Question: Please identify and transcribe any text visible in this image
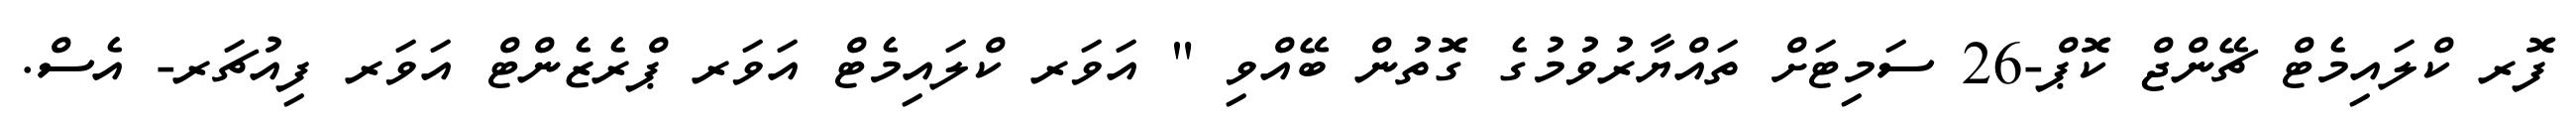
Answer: ފޮރ ކްލައިމެޓް ޗޭންޖް ކޮޕް-26 ސަމިޓަށް ތައްޔާރުވުމުގެ ގޮތުން ބޭއްވި " އަވަރ ކްލައިމެޓް އަވަރ ޕްރެޒެންޓް އަވަރ ފިއުޗަރ- އެސް.